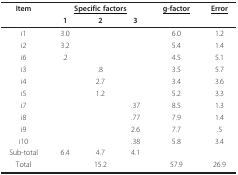
| Item | <COLSPAN=3> <underline>Specific factors</underline> | <underline>g-factor</underline> | <underline>Error</underline> |
 |  | 1 | 2 | 3 |  |  |
 | --- | --- | --- | --- | --- | --- |
 | i1 | 3.0 |  |  | 6.0 | 1.2 |
 | i2 | 3.2 |  |  | 5.4 | 1.4 |
 | i6 | .2 |  |  | 4.5 | 5.1 |
 | i3 |  | .8 |  | 3.5 | 5.7 |
 | i4 |  | 2.7 |  | 3.4 | 3.6 |
 | i5 |  | 1.2 |  | 5.2 | 3.3 |
 | i7 |  |  | .37 | 8.5 | 1.3 |
 | i8 |  |  | .77 | 7.9 | 1.4 |
 | i9 |  |  | 2.6 | 7.7 | .5 |
 | i10 |  |  | .38 | 5.8 | 3.4 |
 | Sub-total | 6.4 | 4.7 | 4.1 |  |  |
 | Total |  | 15.2 |  | 57.9 | 26.9 |